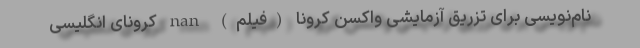
نام‌نویسی برای تزریق آزمایشی واکسن کرونا (فیلم) nan کرونای انگلیسی